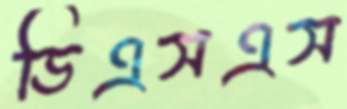
ডিএসএস